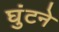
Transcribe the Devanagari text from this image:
घुंटने